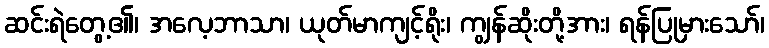
ဆင်းရဲတွေ့၏၊ အလေ့ဘာသာ၊ ယုတ်မာကျင့်ရိုး၊ ကျွန်ဆိုးတို့အား၊ ရန်ပြုမှားသော်၊